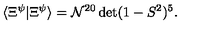
\langle \Xi ^ { \psi } | \Xi ^ { \psi } \rangle = \mathcal { N } ^ { 2 0 } \det ( 1 - S ^ { 2 } ) ^ { 5 } .